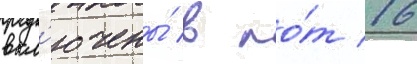
вкл'ючены́ в ло́т 16